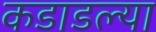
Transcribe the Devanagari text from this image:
कडाडल्या